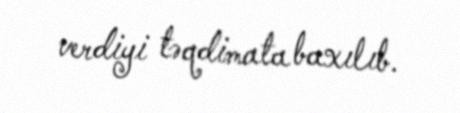
verdiyi təqdimata baxılıb.